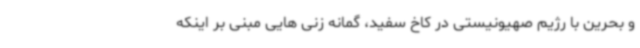
و بحرین با رژیم صهیونیستی در کاخ سفید، گمانه زنی هایی مبنی بر اینکه